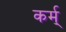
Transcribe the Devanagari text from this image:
कर्म्